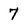
Character: 7